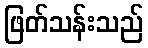
ဖြတ်သန်းသည်